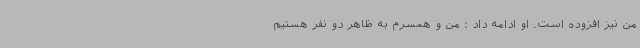
من نیز افزوده است. او ادامه داد : من و همسرم به ظاهر دو نفر هستیم